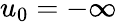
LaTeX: u_{0}=-\infty